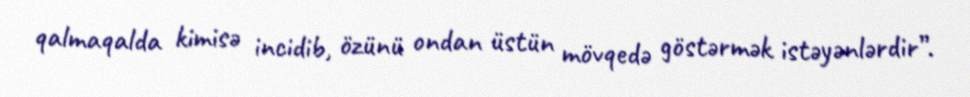
qalmaqalda kimisə incidib, özünü ondan üstün mövqedə göstərmək istəyənlərdir”.